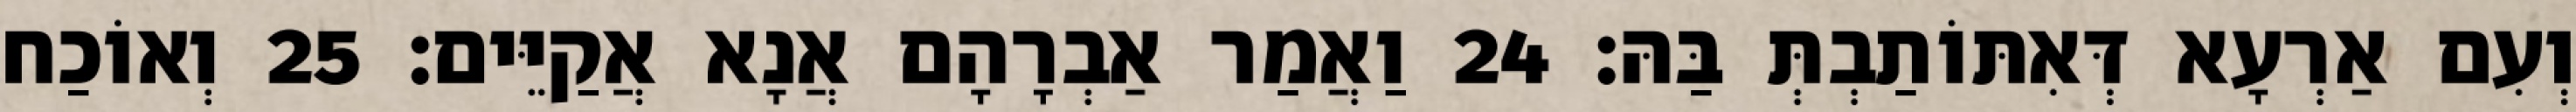
וְעִם אַרְעָא דְּאִתּוֹתַבְתְּ בַּהּ׃ 24 וַאֲמַר אַבְרָהָם אֲנָא אֲקַיֵּים׃ 25 וְאוֹכַח